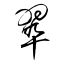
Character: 翆